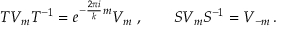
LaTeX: T V _ { m } T ^ { - 1 } = e ^ { - \frac { 2 \pi i } { k } m } V _ { m } \; , \qquad S V _ { m } S ^ { - 1 } = V _ { - m } \, .